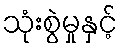
သုံးစွဲမှုနှင့်